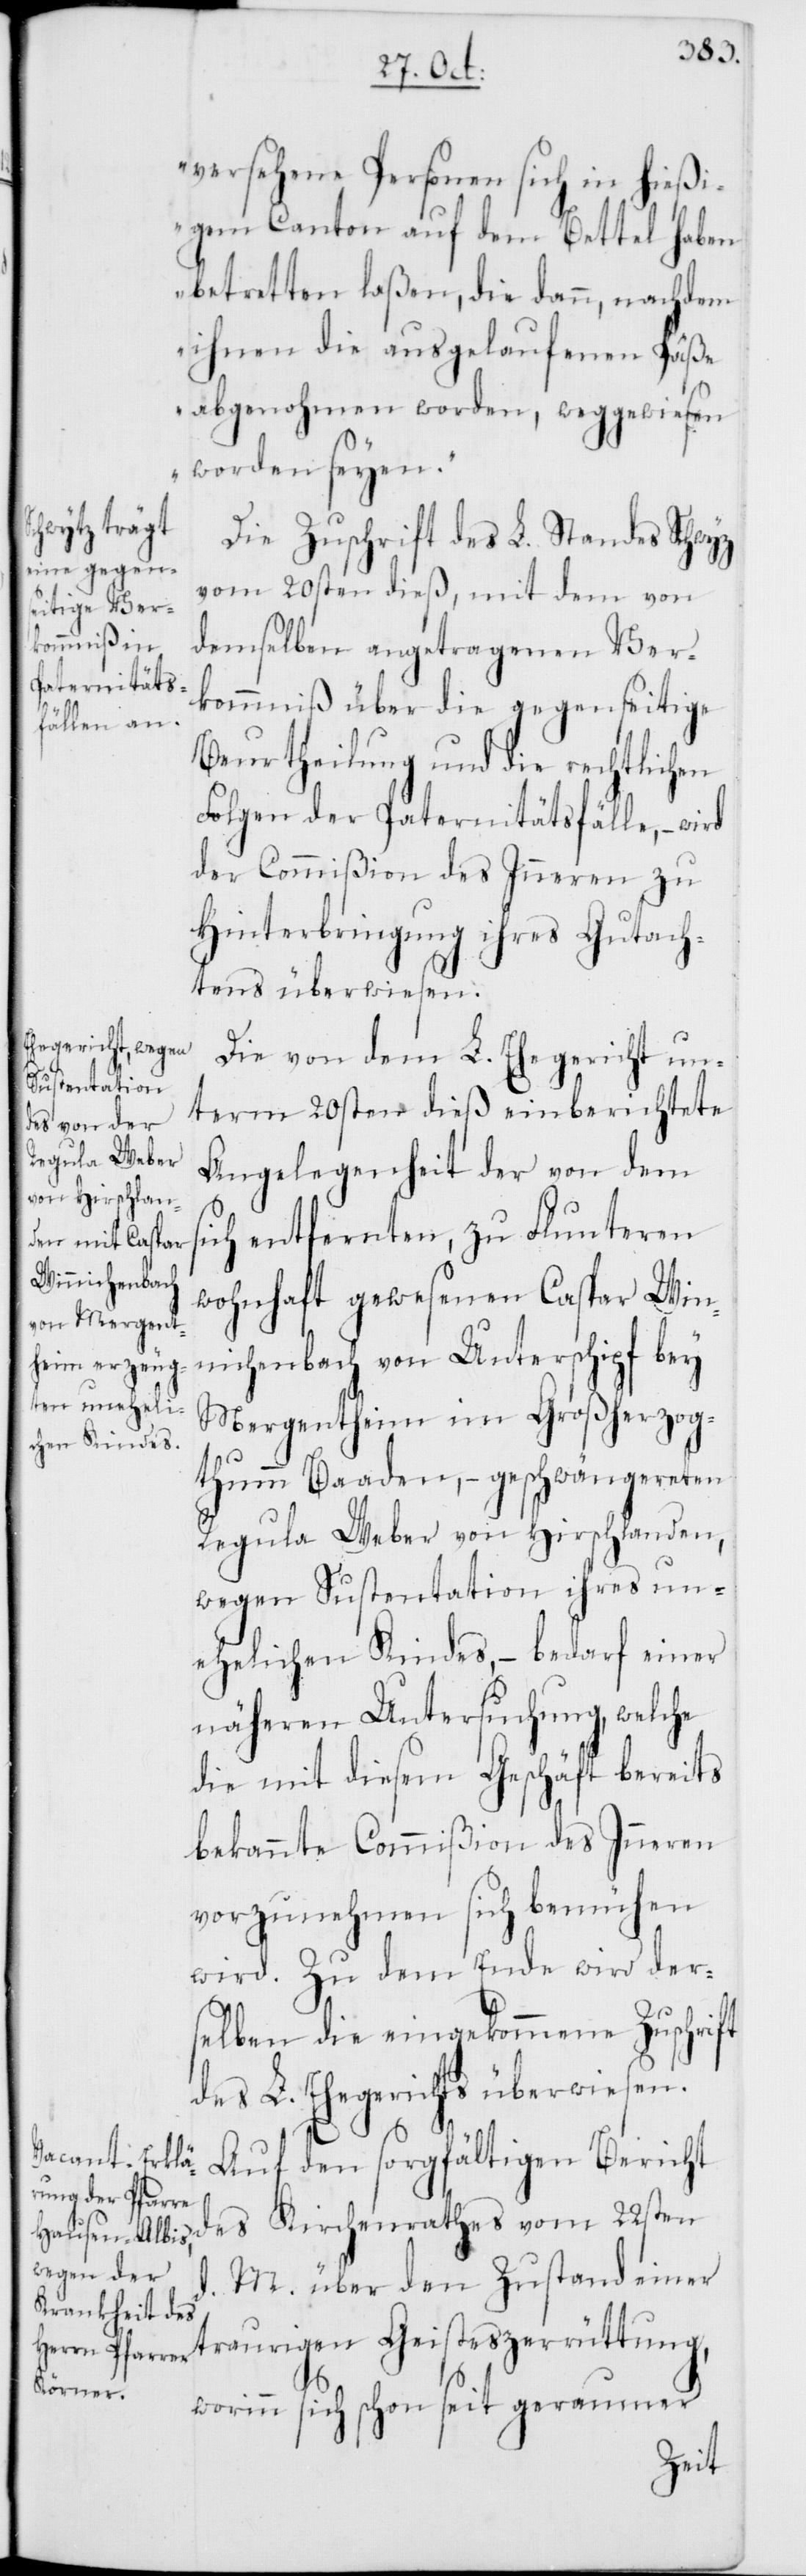
versehene Personen sich in hießi¬
gem Canton auf dem Bettel haben
betretten laßen, die dann, nachdem
ihnen die ausgelaufenen Päße
abgenohmen worden, weggewiesen
worden seyen.“
Die Zuschrift des L. Standes Schwytz
vom 20sten dieß, mit dem von
demselben angetragenen Ver¬
kommniß über die gegenseitige
Beurtheilung und die rechtlichen
Folgen der Paternitätsfälle, – wird
der Commißion des Inneren zu
Hinterbringung ihres Gutach¬
tens überwiesen.
Die von dem L.Ehegericht un¬
term 20sten dieß einberichtete
Angelegenheit der von dem s¬
ich entfernten, zu Fluntern
wohnhaft gewesenen Caspar Win¬
nichenbach von Unterschipf bey
Mergentheim im Großherzog¬
thumm Baaden, – geschwängereten
Regula Weber von Hirschlanden,
wegen Sustentation ihres un¬
ehelichen Kindes, – bedarf einer
näheren Untersuchung, welche
die mit diesem Geschäft bereits
bekannte Commißion des Inneren
vorzunehmen sich bemühen
wird. Zu dem Ende wird der¬
selben die eingekommene Zuschrift
des L. Ehegerichts überwiesen.
Auf den sorgfältigen Bericht
des Kirchenrathes vom 22sten
M. über den Zustand einer
traurigen Geisteszerrüttung,
worinn sich schon seit geraumer